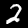
Label: 2